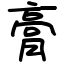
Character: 膏